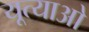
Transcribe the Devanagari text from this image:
यूत्याओ